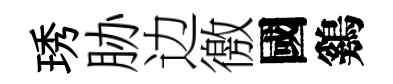
琇胁边徼國鷄